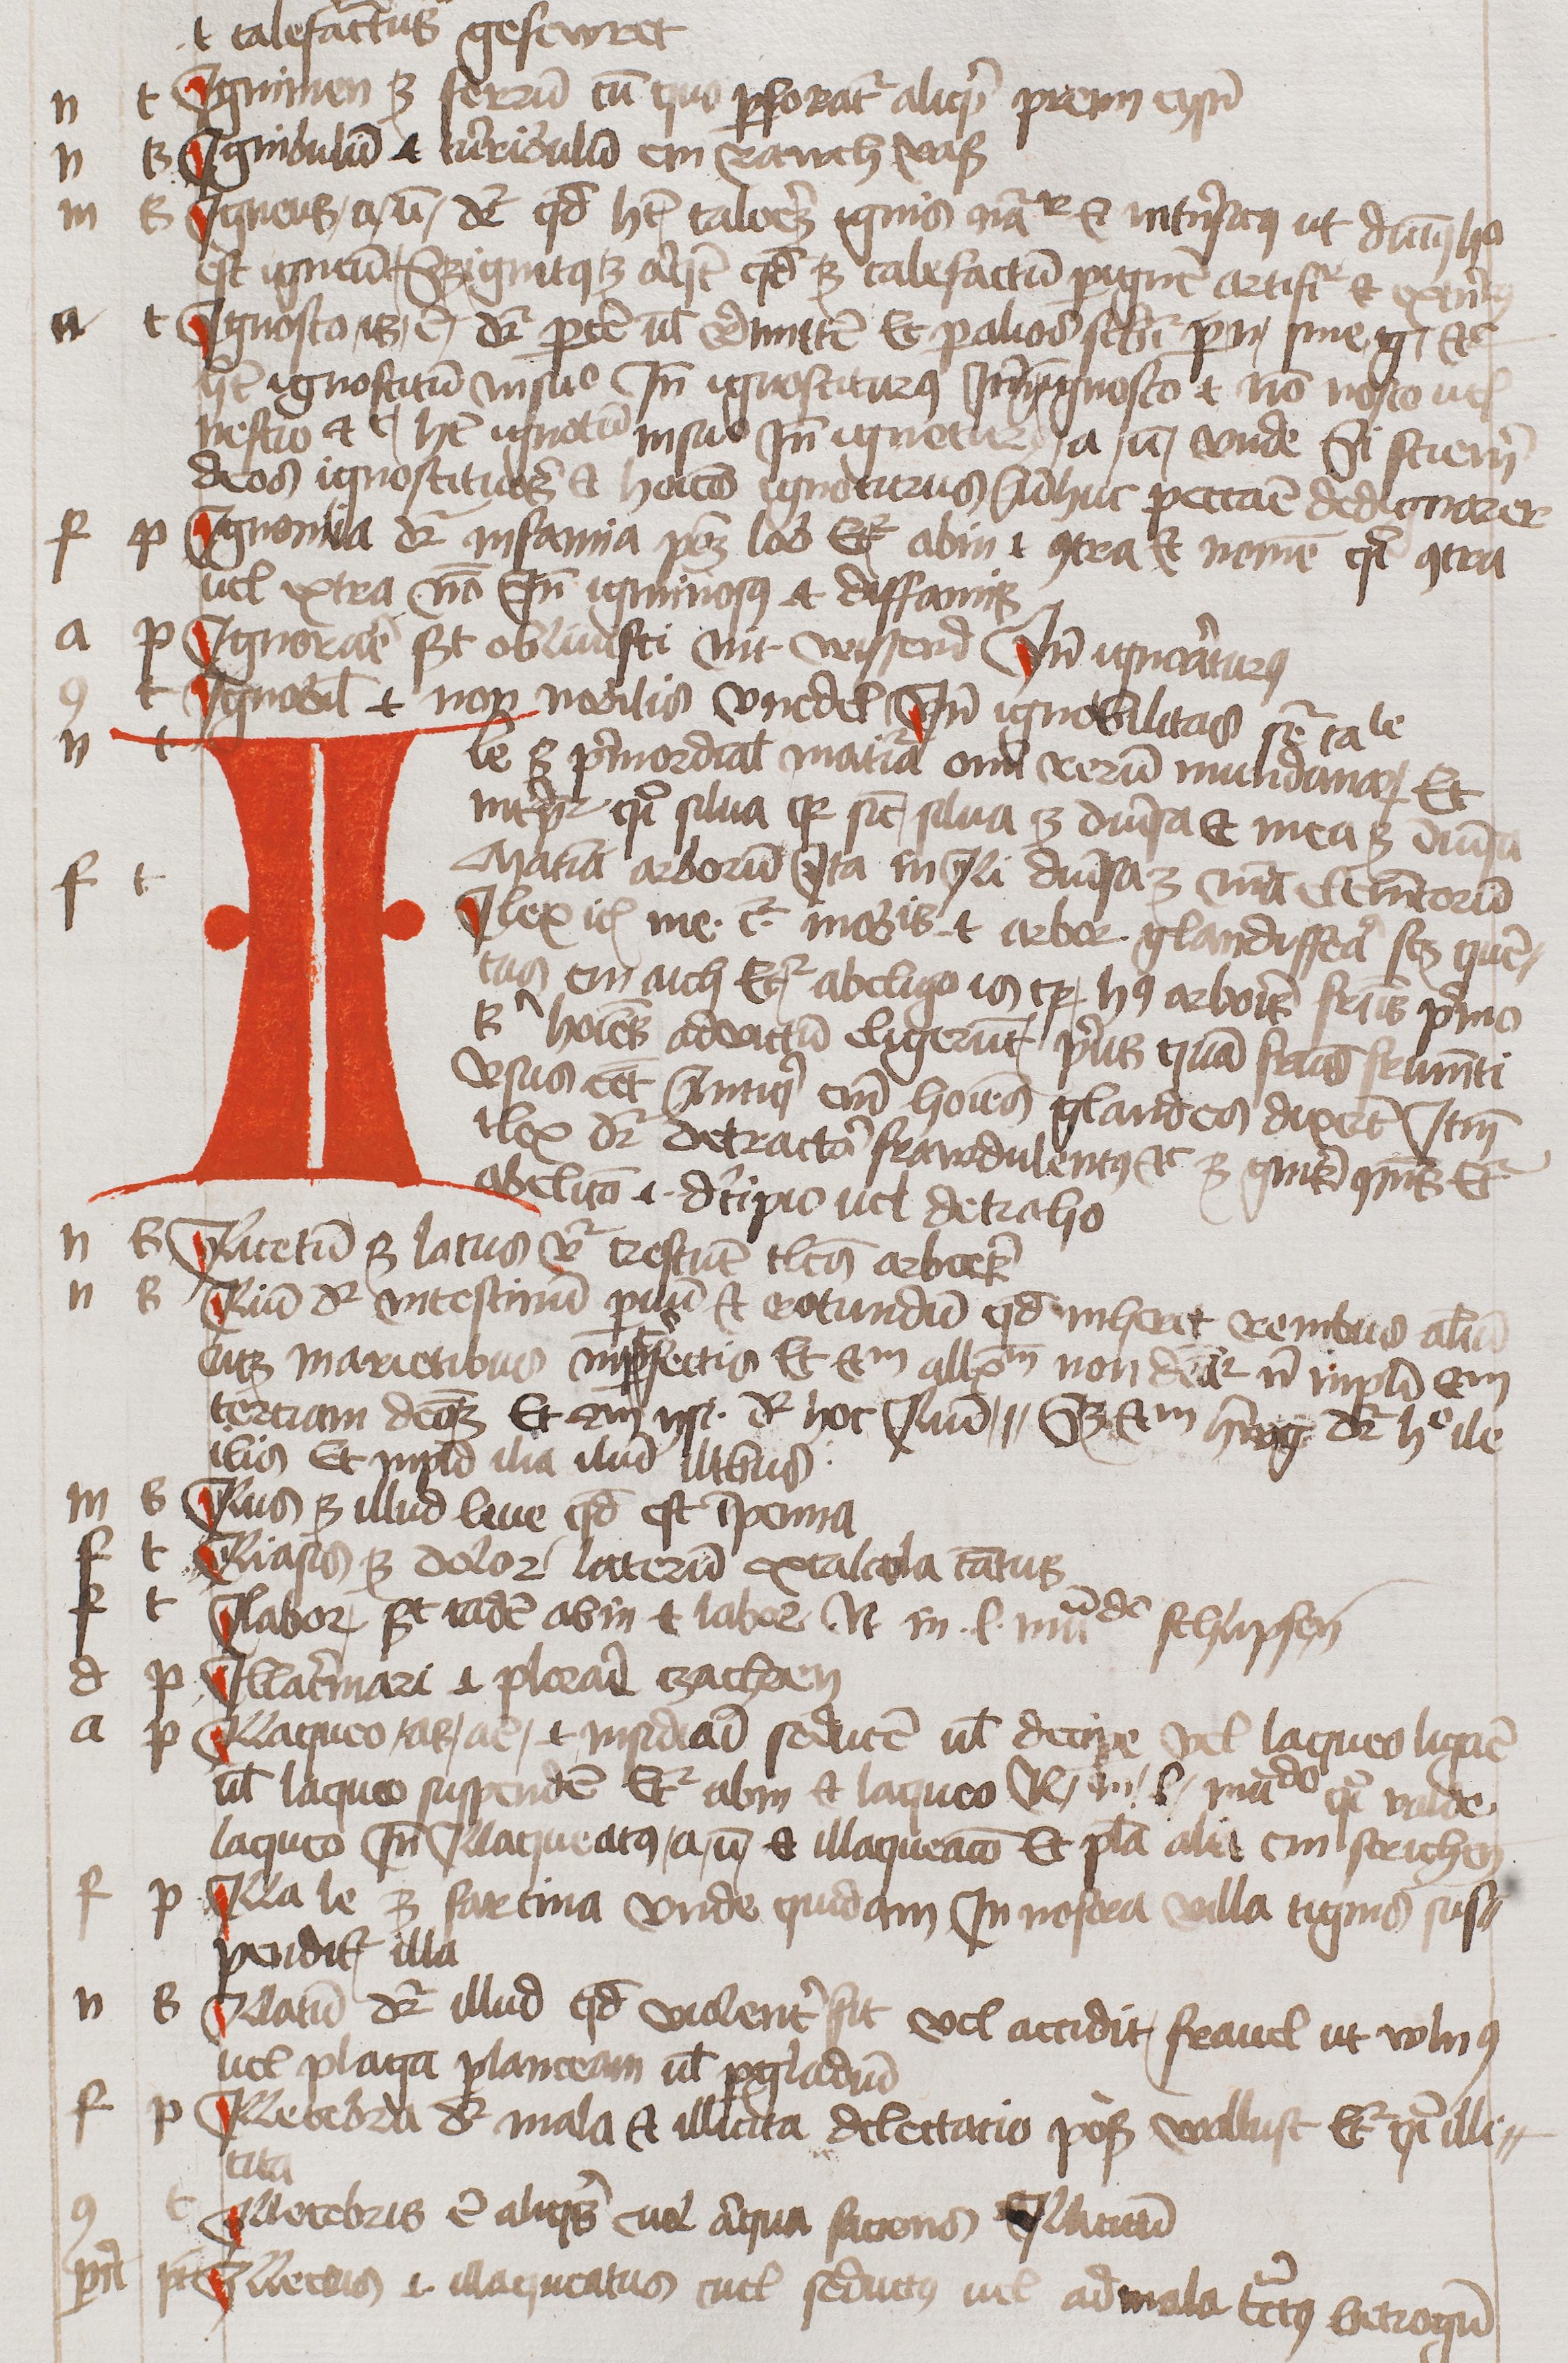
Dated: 1450–1474